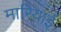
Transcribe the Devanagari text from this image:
मारियाई